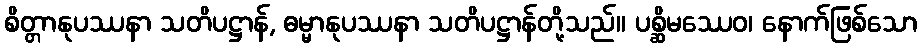
စိတ္တာနုပဿနာ သတိပဋ္ဌာန်, ဓမ္မာနုပဿနာ သတိပဋ္ဌာန်တို့သည်။ ပစ္ဆိမဿေဝ၊ နောက်ဖြစ်သော